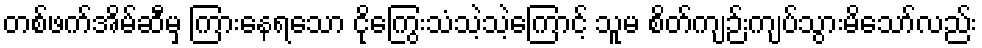
တစ်ဖက်အိမ်ဆီမှ ကြားနေရသော ငိုကြွေးသံသဲ့သဲ့ကြောင့် သူမ စိတ်ကျဉ်းကျပ်သွားမိသော်လည်း